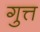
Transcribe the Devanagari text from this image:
गुत्त